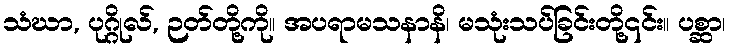
သံဃာ, ပုဂ္ဂိုလ်, ဉတ်တို့ကို။ အပရာမသနာနိ၊ မသုံးသပ်ခြင်းတို့၎င်း။ ပစ္ဆာ၊